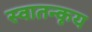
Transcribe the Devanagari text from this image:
स्वातन्कृय